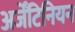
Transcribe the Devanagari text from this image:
अर्जेंटिनियन